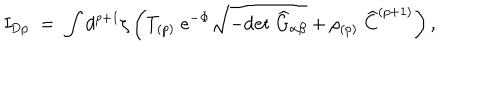
I _ { \mathrm { D } p } \; = \; \int d ^ { p + 1 } \zeta \left( T _ { ( p ) } \; e ^ { - \Phi } \sqrt { - \mathrm { d e t } \; { \widehat G } _ { \alpha \beta } } + \rho _ { ( p ) } \; { \widehat C } ^ { ( p + 1 ) } \right) ,